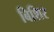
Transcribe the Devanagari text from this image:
बिशिर